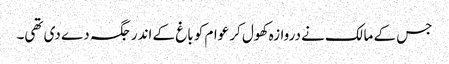
جس کے مالک نے دروازہ کھول کر عوام کو باغ کے اندر جگہ دے دی تھی۔